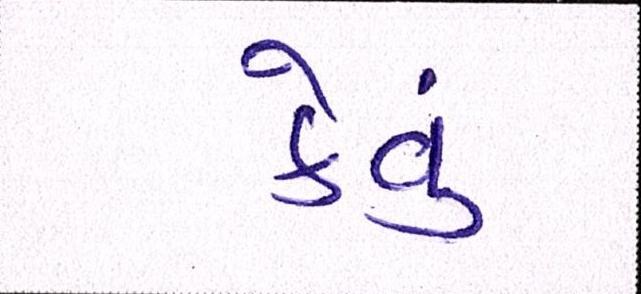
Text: કેવું